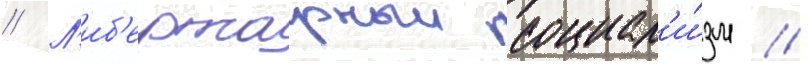
// Л'иб'ертарныи социал'и́зм //